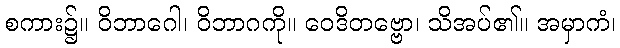
စကား၌။ ဝိဘာဂေါ၊ ဝိဘာဂကို။ ဝေဒိတဗ္ဗော၊ သိအပ်၏။ အမှာကံ၊